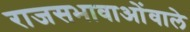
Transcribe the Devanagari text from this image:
राजसभावाओंवाले